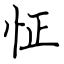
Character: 怔